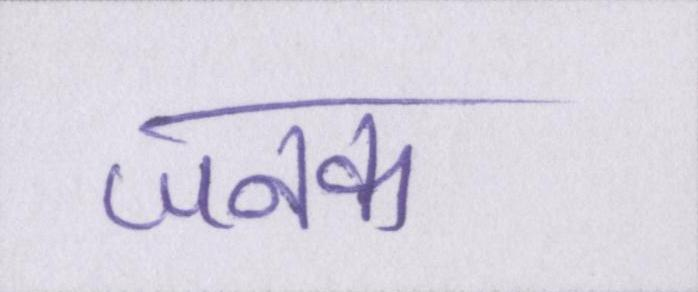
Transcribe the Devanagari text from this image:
जनक